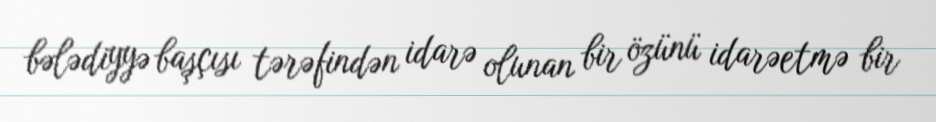
bələdiyyə başçısı tərəfindən idarə olunan bir özünü idarəetmə bir